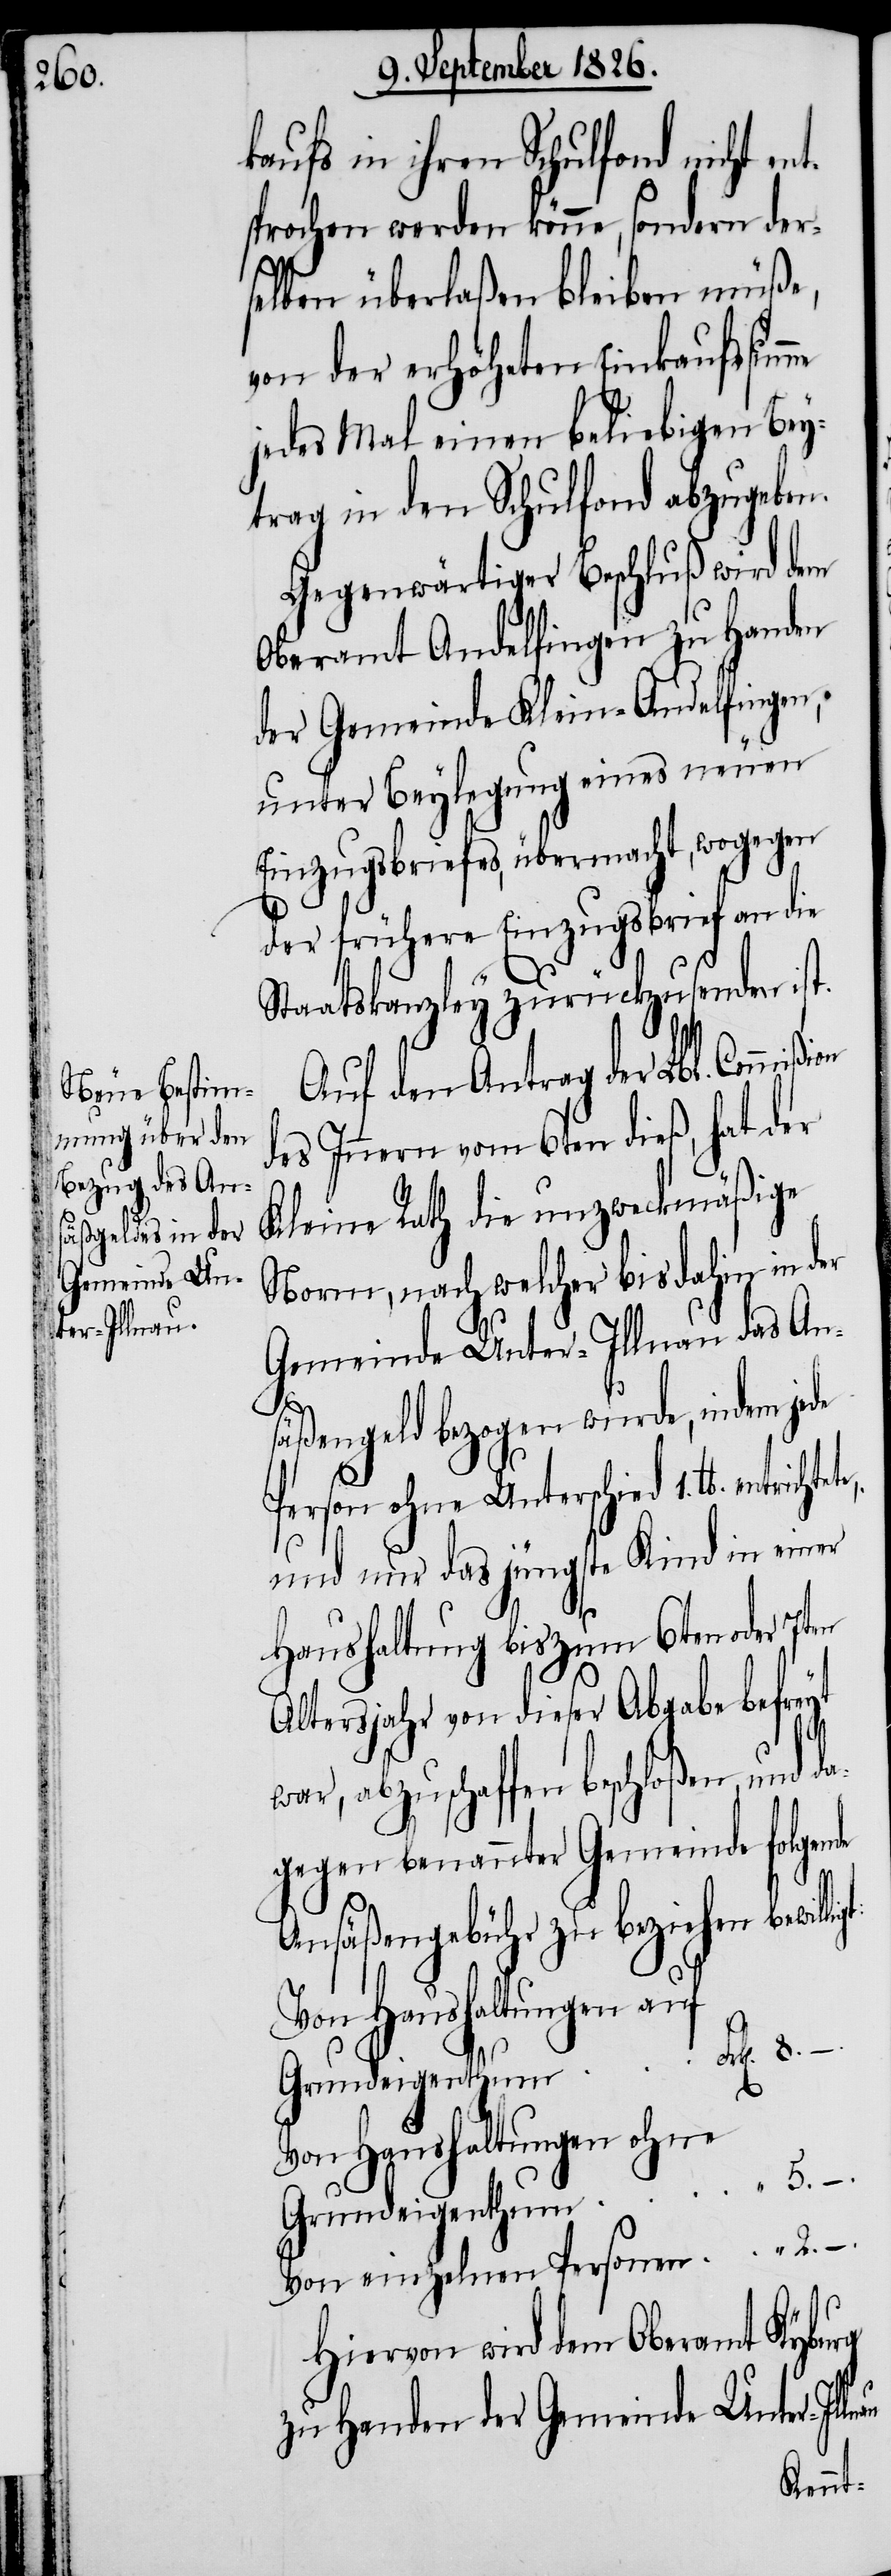
kaufs in ihren Schulfond nicht en¬
prochen werden könne, sondern der¬
selben überlaßen bleiben müße,
von der erhöheten Einkaufssum¬
jedes Mal einen beliebigen Bey¬
trag in den Schulfond abzugeben.
Gegenwärtiger Beschluß wird dem
Oberamt Andelfingen zu Handen
der Gemeinde Klein-Andelfingen,
unter Beylegung eines neuen
Einzugsbriefes, übermacht, wogegen
der frühere Einzugsbrief an die
Staatskanzley zurückzusenden ist.
Auf den Antrag der Lbl. Commi¬
des Innern vom 6ten dieß, hat der
Kleine Rath die unzweckmäßige
Norm, nach welcher bis dahin in der
Gemeinde Unter-Illnau das An¬
säßgeld bezogen wurde, indem jede
nau
Person ohne Unterschied 1. lb. entrichtet¬
und nur das jüngste Kind in einer
Haushaltung bis zum 6ten oder 7ten
Altersjahr von dieser Abgabe befreyt
war, abzuschaffen beschloßen, und da¬
gegen benannter Gemeinde folgende
Ansäßengebühr zu beziehen bewil¬
von einzelnen
ligt:
von Haushaltungen ohne
Hiervon wird dem Oberamt Kyburg
zu Handen der Gemeinde Unter-Ill¬